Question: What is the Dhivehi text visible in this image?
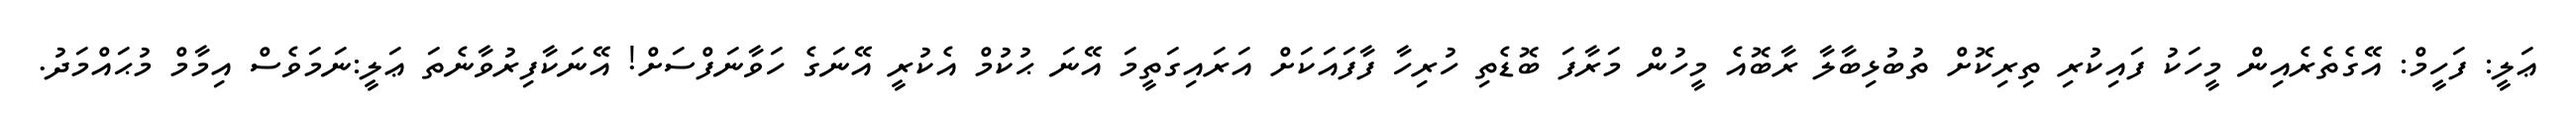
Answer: ޢަލީ: ފަހީމް: އޭގެތެރެއިން މީހަކު ފައިކުރި ތިރިކޮށް ތުބުޅިބާލާ ރާބޮއެ މީހުން މަރާފަ ބޮޑެތި ހުރިހާ ފާފައަކަށް އަރައިގަތީމަ އޭނަ ޙުކުމް އެކުރީ އޭނަގެ ހަވާނަފްސަށް! އޭނަކާފިރުވާނެތަ ޢަލީ:ނަމަވެސް އިމާމް މުޙައްމަދު.